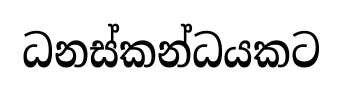
ධනස්කන්ධයකට